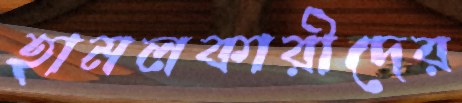
হামলকারীদের